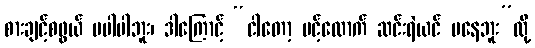
စားချင့်စဖွယ် မပါပါဘူး၊ ဒါကြောင့် “ငါတော့ မင့်လောက် ဆင်းရဲယင် မနေဘူး”လို့